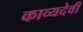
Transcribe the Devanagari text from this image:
काव्यदेवी